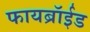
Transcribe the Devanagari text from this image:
फायब्रॉईड